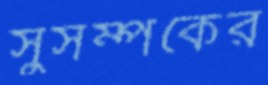
সুসম্পর্কের